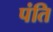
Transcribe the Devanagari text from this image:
पंति